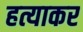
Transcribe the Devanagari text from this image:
हत्याकर